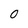
Character: 0